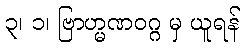
၃၊ ၁၊ ဗြာဟ္မဏဝဂ္ဂ မှ ယူရန်